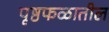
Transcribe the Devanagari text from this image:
पृष्ठफळातील